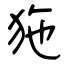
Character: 狏